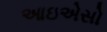
આઇએસો